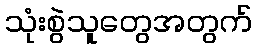
သုံးစွဲသူတွေအတွက်